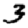
Digit: 3